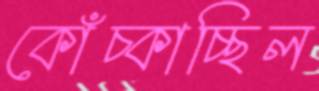
কোঁচ্‌কাচ্ছিল